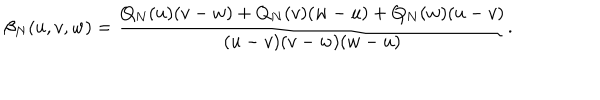
\beta _ { N } ( u , v , w ) = { \frac { Q _ { N } ( u ) ( v - w ) + Q _ { N } ( v ) ( w - u ) + Q _ { N } ( w ) ( u - v ) } { ( u - v ) ( v - w ) ( w - u ) } } .